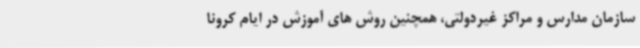
سازمان مدارس و مراکز غیردولتی، همچنین روش های آموزش در ایام کرونا